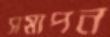
সমাপন